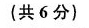
(共6分)